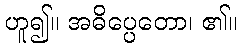
ဟူ၍။ အဓိပ္ပေတော၊ ၏။